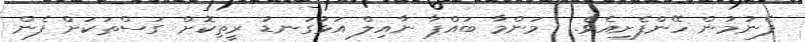
ފެނުމުން ހޭންފެށިއެވެ.  މަންމާ ބައްޕާ ނާއިލް އަޅުގަނޑު ރީތިކޮށް ގަސްތަކަށް ފެން